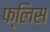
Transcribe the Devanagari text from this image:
फ्लिस